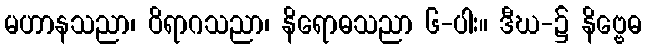
မဟာနသညာ၊ ဝိရာဂသညာ၊ နိရောဓသညာ ၆-ပါး။ ဒီဃ-၌ နိဗ္ဗေဓ